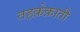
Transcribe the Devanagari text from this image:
तहक़ेक़ाती